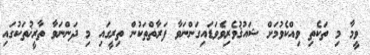
ވީމާ މި ތަކެތި ވިއްކެވުމަށް ޝައުޤުވެރިވެވަޑައިގަންނަވާ ފަރާތްތަކުން ތިރީގައި މި ދަންނަވާ ތާރީޚުތަކުގައި